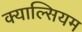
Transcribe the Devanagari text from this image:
क्याल्सियम